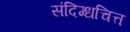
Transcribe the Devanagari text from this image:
संदिग्धचित्त